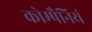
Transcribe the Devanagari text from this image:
कोम्पैनियं